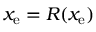
x _ { \mathrm { e } } = R ( x _ { \mathrm { e } } )